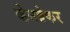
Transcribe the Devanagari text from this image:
व्हेसब्रेकर